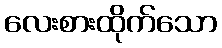
လေးစားထိုက်သော